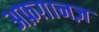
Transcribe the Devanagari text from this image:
अफ़ग़ानज़